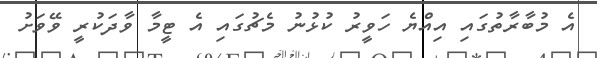
އެ މުބާރާތުގައި އިއްޔެ ހަވީރު ކުޅުނު މެޗުގައި އެ ޓީމާ ވާދަކުރީ ވޭވަށު